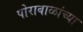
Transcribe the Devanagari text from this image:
पोराबाळांच्या